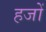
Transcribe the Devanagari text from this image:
हजों